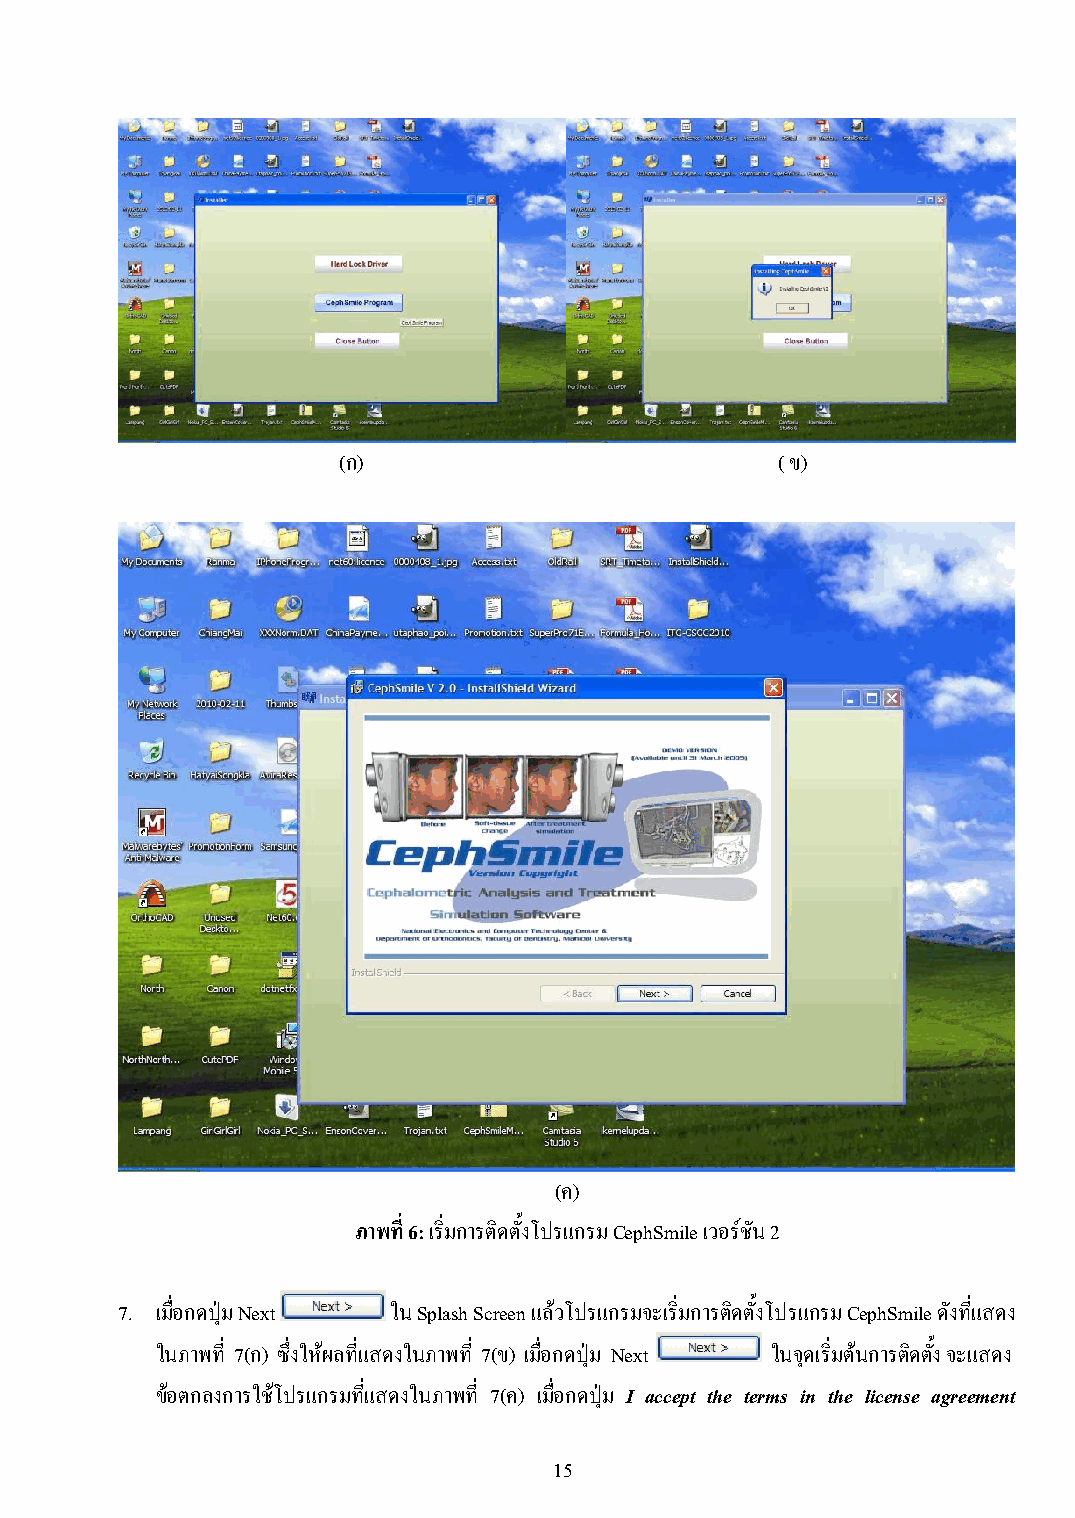
(ก)                          (ข)
 (ค)
 ภาพที่ 6: เริ่มการติดตั้งโปรแกรม CephSmile เวอร์ชัน 2
 7. เมื่อกดปุ่ม Next ใน Splash Screen แล้วโปรแกรมจะเริ่มการติดตั้งโปรแกรม CephSmile ดังที่แสดง
 ในภาพที่ 7(ก) ซึ่งให้ผลที่แสดงในภาพที่ 7(ข) เมื่อกดปุ่ม Next ในจุดเริ่มต้นการติดตั้ง จะแสดง
 ข้อตกลงการใช้โปรแกรมที่แสดงในภาพที่ 7(ค) เมื่อกดปุ่ม I accept the terms in the license agreement
 15